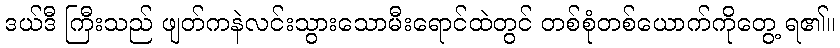
ဒယ်ဒီ ကြီးသည် ဖျတ်ကနဲလင်းသွားသောမီးရောင်ထဲတွင် တစ်စုံတစ်ယောက်ကိုတွေ့ ရ၏။